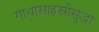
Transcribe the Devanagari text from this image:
गाथासाहस्रीसुद्धा